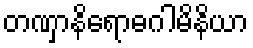
တဏှာနိရောဓဂါမိနိယာ